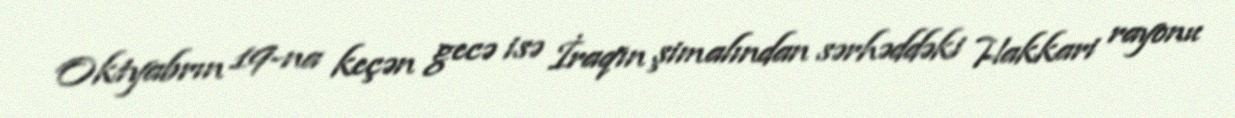
Oktyabrın 19-na keçən gecə isə İraqın şimalından sərhəddəki Hakkari rayonu